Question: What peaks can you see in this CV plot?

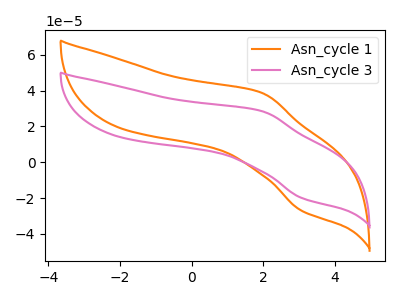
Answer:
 <answer>The orange curve "Asn_cycle 1" has an anodic peak at (1.95V, 38.70uA) and a cathodic peak at (3.05V, -26.95uA). The pink curve "Asn_cycle 3" has an anodic peak at (1.95V, 28.50uA) and a cathodic peak at (3.05V, -19.85uA).</answer>
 <eval></eval>